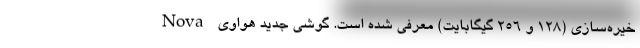
خیره‌سازی (128 و 256 گیگابایت) معرفی شده است. گوشی جدید هواوی Nova